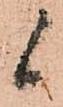
候